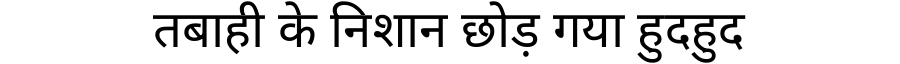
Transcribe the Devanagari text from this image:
तबाही के निशान छोड़ गया हुदहुद